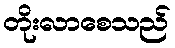
တိုးလာစေသည်